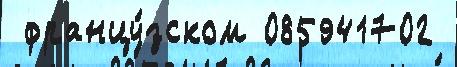
 францу́зском 085941702